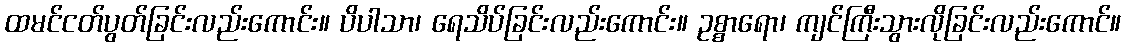
ထမင်ငတ်ပွတ်ခြင်းလည်းကောင်း။ ပိပါသာ၊ ရေသိပ်ခြင်းလည်းကောင်း။ ဥစ္စာရော၊ ကျင်ကြီးသွားလိုခြင်းလည်းကောင်။